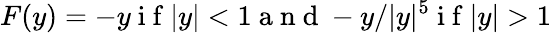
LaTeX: F(y)=-y\mathrm{~i~f~}|y|<1\mathrm{~a~n~d~}-y/|y|^{5}\mathrm{~i~f~}|y|>1